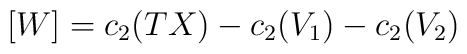
[W]=c_{2}(TX)-c_{2}(V_{1})-c_{2}(V_{2})